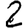
Digit: 2